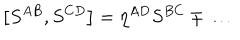
\left[ S ^ { A B } , S ^ { C D } \right] = \eta ^ { A D } S ^ { B C } \mp \ldots